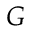
G